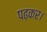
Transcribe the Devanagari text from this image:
पढ़कर।